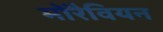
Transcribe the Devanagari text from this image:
मोरैवियन